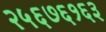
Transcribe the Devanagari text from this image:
२५६७६१६३